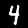
Label: 4